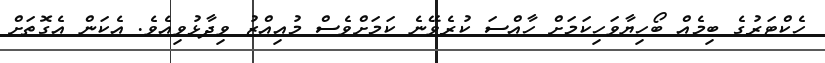
ހެކްޓަރުގެ ބިމެއް ބޯހިޔާވަހިކަމަށް ހާއްސަ ކުރެވޭނެ ކަމަށްވެސް މުއިއްޒު ވިދާޅުވިއެވެ. އެކަން އެގޮތަށް